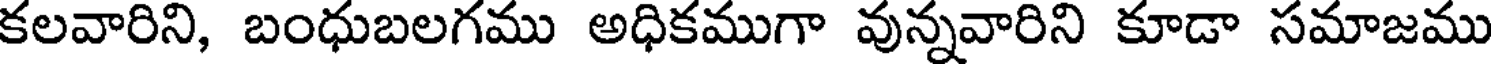
కలవారిని, బంధుబలగము అధికముగా వున్నవారిని కూడా సమాజము